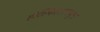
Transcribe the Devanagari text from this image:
हॉस्पिटलमधुन